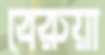
বেরুয়া